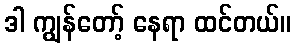
ဒါ ကျွန်တော့် နေရာ ထင်တယ်။